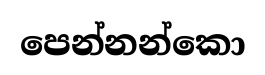
පෙන්නන්කො